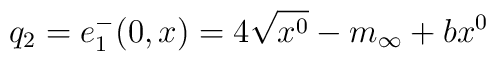
q_2=e^-_1(0,x)=4\sqrt{x^0} -m_{\infty}+bx^0